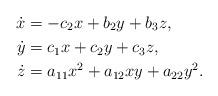
LaTeX: \begin{align*}\dot{x} &= -c_2 x + b_2y + b_3 z, \\ \dot{y}&= c_1x + c_2 y + c_3 z, \\\dot{z}&= a_{11}x^2 + a_{12} xy + a_{22} y^2.\end{align*}